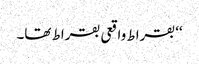
‘‘ بقراط واقعی بقراط تھا۔